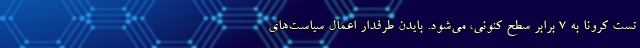
تست کرونا به 7 برابر سطح کنونی، می‌شود. بایدن طرفدار اعمال سیاست‌های